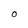
Character: O